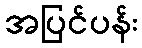
အပြင်ပန်း